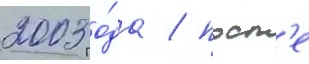
2003 го́да / посл'е